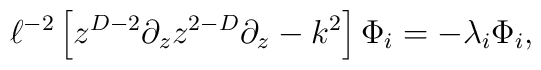
\ell^{-2}\left[z^{D-2}\partial_z z^{2-D}\partial_z -k^2\right]  \Phi_i=-\lambda_i\Phi_i,